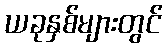
ယခုနှစ်များတွင်